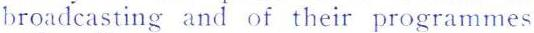
broadcasting and of their programmes